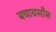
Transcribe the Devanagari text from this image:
बचावसाँस